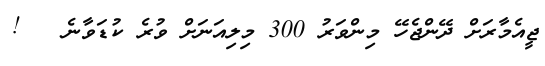
ޖީއެމާރަށް ދޭންޖެހޭ މިންވަރު 300 މިލިއަނަށް ވުރެ ކުޑަވާނެ   !